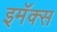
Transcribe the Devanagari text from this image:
इमॅक्स